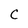
Character: C